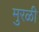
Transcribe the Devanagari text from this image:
मुरळी